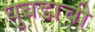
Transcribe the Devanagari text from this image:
घुबडाची